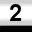
Digit: 2